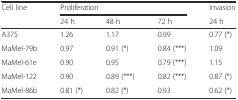
<table><thead><tr><td><b>Cell line</b></td><td colspan="3"><b>Proliferation</b></td><td><b>Invasion</b></td></tr><tr><td></td><td><b>24 h</b></td><td><b>48 h</b></td><td><b>72 h</b></td><td><b>24 h</b></td></tr></thead><tbody><tr><td>A375</td><td>1.26</td><td>1.17</td><td>0.99</td><td>0.77 (*)</td></tr><tr><td>MaMel-79b</td><td>0.97</td><td>0.91 (*)</td><td>0.84 (***)</td><td>1.09</td></tr><tr><td>MaMel-61e</td><td>0.90</td><td>0.95</td><td>0.79 (***)</td><td>1.15</td></tr><tr><td>MaMel-122</td><td>0.90</td><td>0.89 (***)</td><td>0.82 (***)</td><td>0.87 (*)</td></tr><tr><td>MaMel-86b</td><td>0.81 (*)</td><td>0.82 (*)</td><td>0.93</td><td>0.62 (*)</td></tr></tbody></table>